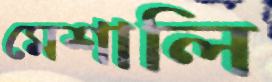
মেশালি